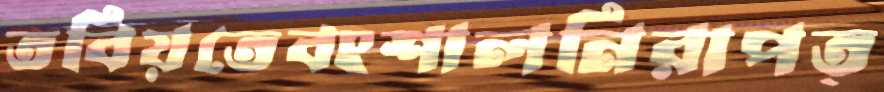
তবিয়তেবংশালনিরাপত্